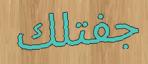
جفتلك